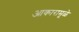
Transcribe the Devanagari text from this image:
आकारामूळे